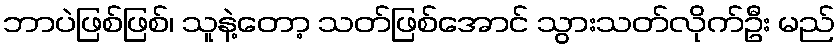
ဘာပဲဖြစ်ဖြစ်၊ သူနဲ့တော့ သတ်ဖြစ်အောင် သွားသတ်လိုက်ဦး မည်